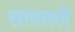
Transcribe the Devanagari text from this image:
सांगतले